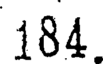
184